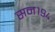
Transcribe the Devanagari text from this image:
सन१९४